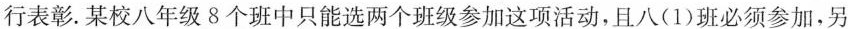
行表彰。某校八年级8个班中只能选两个班级参加这项活动，且八(1)班必须参加，另